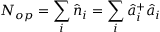
N _ { o p } = \sum _ { i } \hat { n } _ { i } = \sum _ { i } \hat { a } _ { i } ^ { + } \hat { a } _ { i }